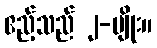
ဧည့်သည် ၂-မျိုး။